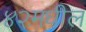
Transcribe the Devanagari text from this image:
४२मधील